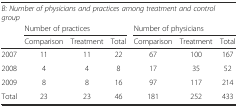
| <COLSPAN=7> B: Number of physicians and practices among treatment and control group |
 |  | <COLSPAN=3> Number of practices | <COLSPAN=3> Number of physicians |
 |  | Comparison | Treatment | Total | Comparison | Treatment | Total |
 | --- | --- | --- | --- | --- | --- | --- |
 | 2007 | 11 | 11 | 22 | 67 | 100 | 167 |
 | 2008 | 4 | 4 | 8 | 17 | 35 | 52 |
 | 2009 | 8 | 8 | 16 | 97 | 117 | 214 |
 | Total | 23 | 23 | 46 | 181 | 252 | 433 |